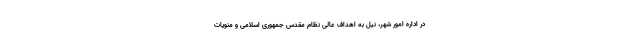
در اداره امور شهر، نیل به اهداف عالی نظام مقدس جمهوری اسلامی و منویات